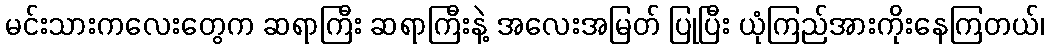
မင်းသားကလေးတွေက ဆရာကြီး ဆရာကြီးနဲ့ အလေးအမြတ် ပြုပြီး ယုံကြည်အားကိုးနေကြတယ်၊